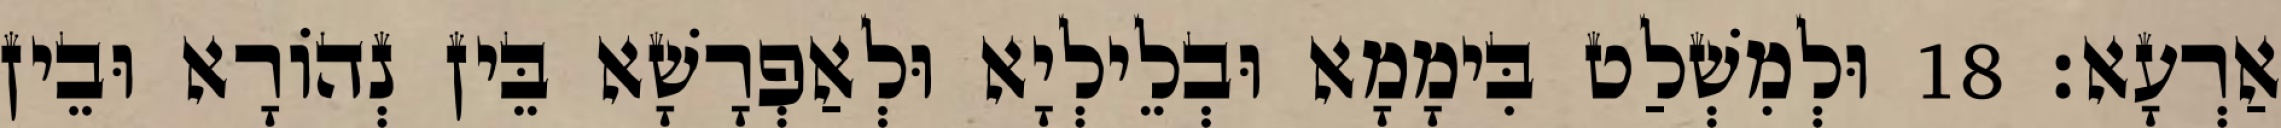
אַרְעָא׃ 18 וּלְמִשְׁלַט בִּימָמָא וּבְלֵילְיָא וּלְאַפְרָשָׁא בֵּין נְהוֹרָא וּבֵין